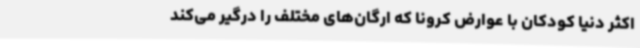
اکثر دنیا کودکان با عوارض کرونا که ارگان‌های مختلف را درگیر می‌کند